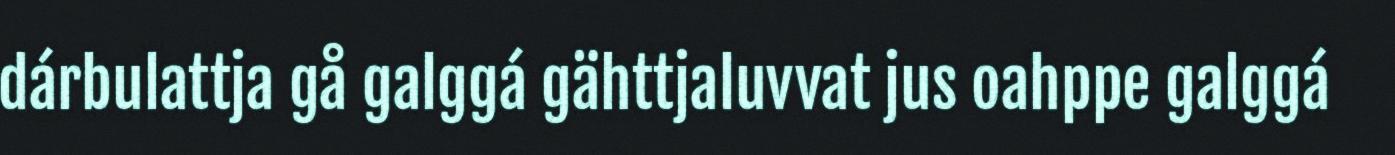
dárbulattja gå galggá gähttjaluvvat jus oahppe galggá